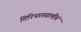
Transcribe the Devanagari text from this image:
गिरिधरस्वामींचं